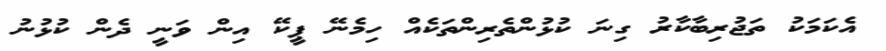
އެކަމަކު ތަޖުރިބާކާރު ގިނަ ކުޅުންތެރިންތަކެއް ހިމެނޭ ޕީކޭ އިން ވަނީ ދެން ކުޅުނު